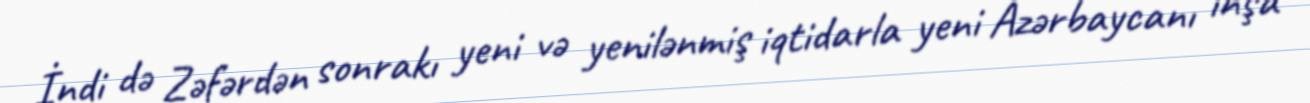
İndi də Zəfərdən sonrakı yeni və yenilənmiş iqtidarla yeni Azərbaycanı inşa